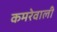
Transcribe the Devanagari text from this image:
कमरेवाली